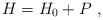
LaTeX: \begin{align*} H=H_0+P\ ,\end{align*}